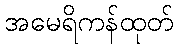
အမေရိကန်ထုတ်